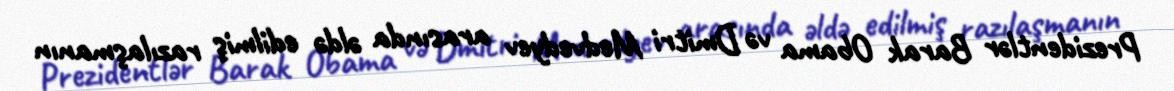
Prezidentlər Barak Obama və Dmitri Medvedyev arasında əldə edilmiş razılaşmanın